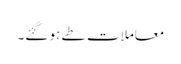
معاملات طے ہو گئے۔